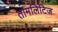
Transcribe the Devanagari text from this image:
तामलिटिज